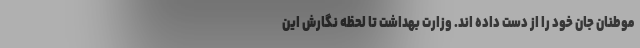
موطنان جان خود را از دست داده اند. وزارت بهداشت تا لحظه نگارش این